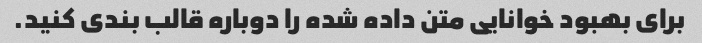
برای بهبود خوانایی متن داده شده را دوباره قالب بندی کنید.